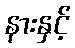
နားနှင့်